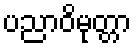
ပညာဝိမုတ္တာ